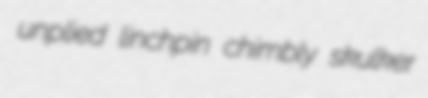
unplied linchpin chimbly skulker